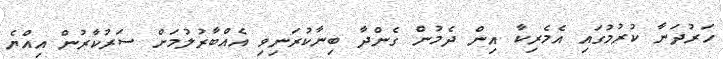
ހަރުދަނާ ކުރުމުގައި އެމެރިކާ އިން ދެމުން ގެންދާ ބިނާކުރަނިވި އެއްބާރުލުމަށް ސަރުކާރުން އިއްޔެ